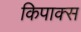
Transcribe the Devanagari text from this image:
किपाक्स